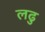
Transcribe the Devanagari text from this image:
लढु